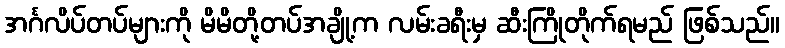
အင်္ဂလိပ်တပ်များကို မိမိတို့တပ်အချို့က လမ်းခရီးမှ ဆီးကြိုတိုက်ရမည် ဖြစ်သည်။